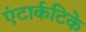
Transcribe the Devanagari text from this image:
एंटार्कटिके